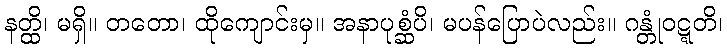
နတ္ထိ၊ မရှိ။ တတော၊ ထိုကျောင်းမှ။ အနာပုစ္ဆံပိ၊ မပန်ပြောပဲလည်း။ ဂန္တုံဝဋ္ဋတိ၊